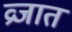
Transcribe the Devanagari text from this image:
व्रजात